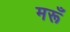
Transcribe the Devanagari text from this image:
मरूँ